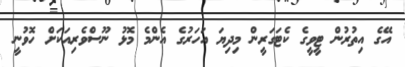
އޭގެ އިތުރުން ޓީވީގެ ކެޓަގަރީން މިދިޔަ އަހަރުގެ އެންމެ މޮޅު ނޫސްވެރިއަކަށް ހޮވުނީ